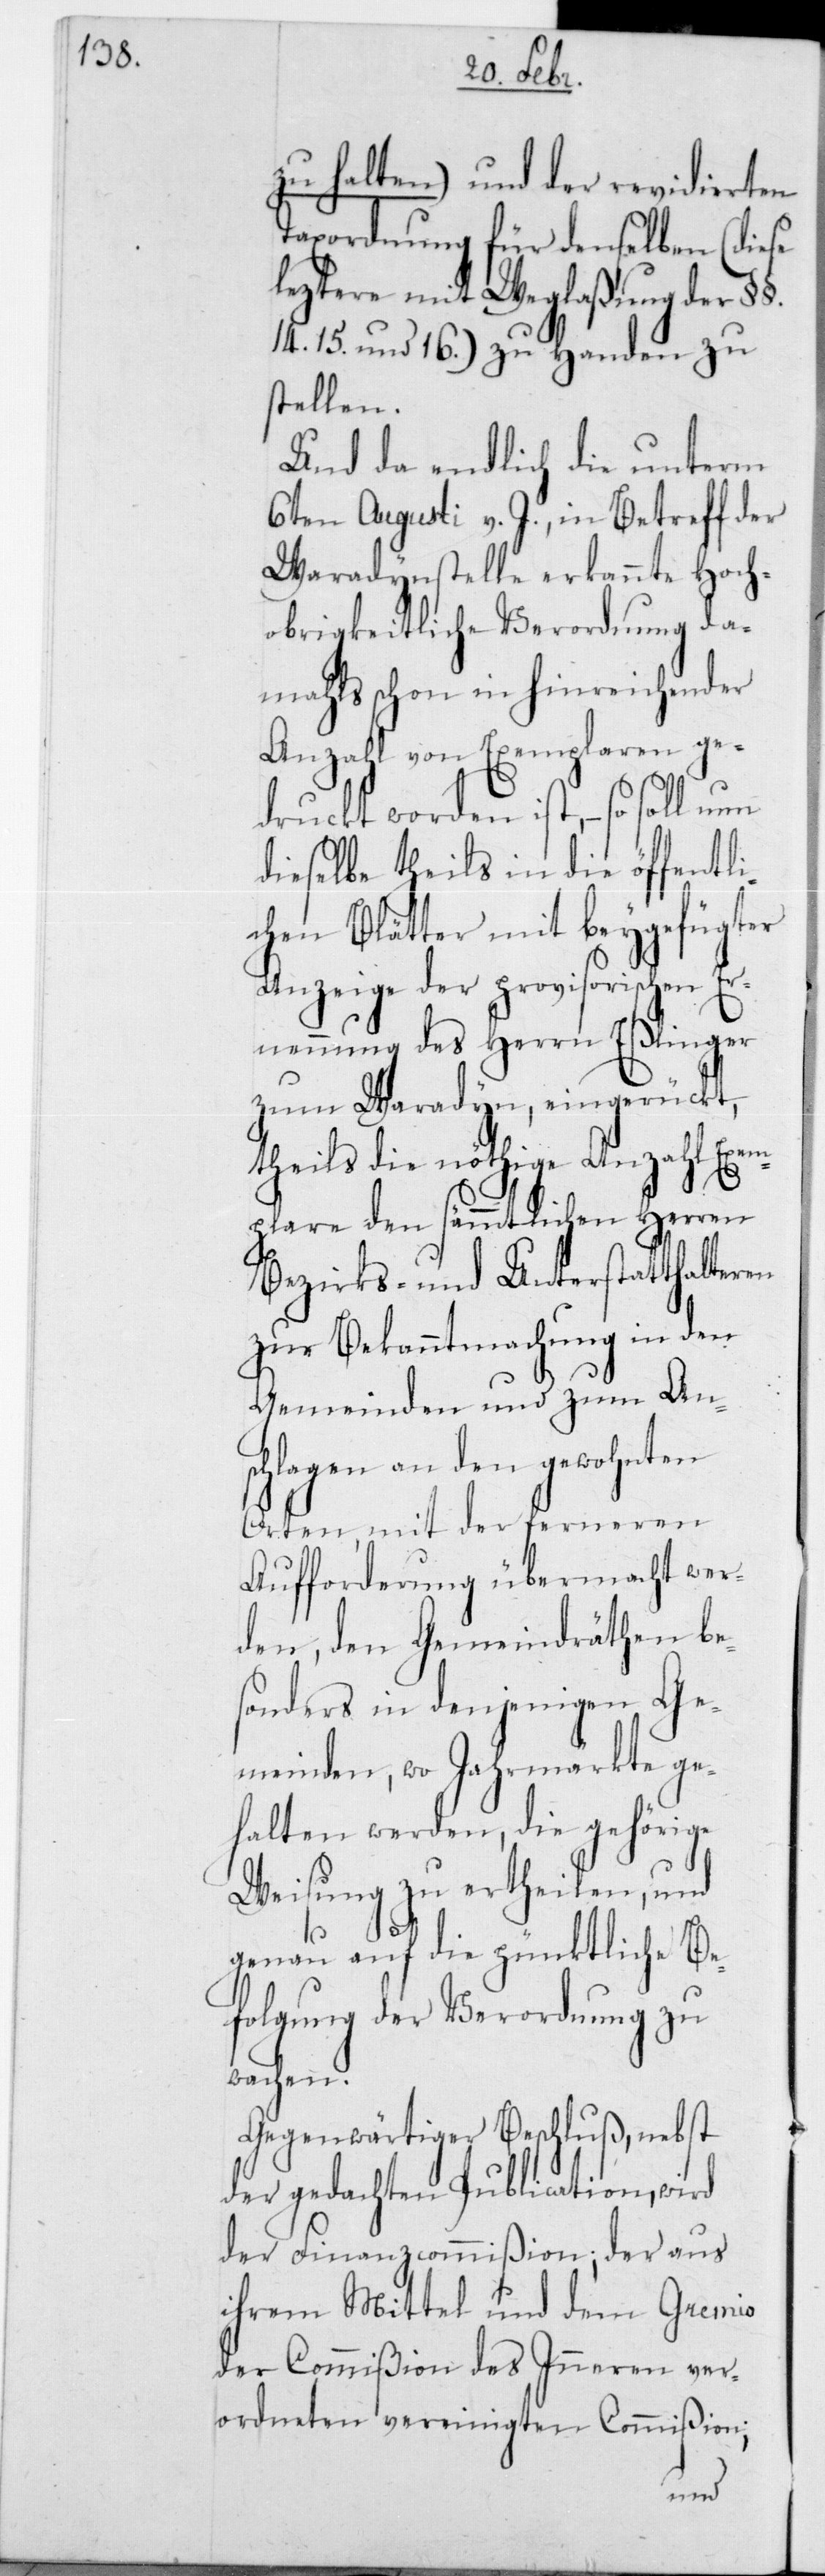
zu halten) und der revidierten
Taxordnung für denselben (diese
leztere mit Weglaßung der §§
14 15 und 16) zu Handen zu
stellen.
Und da endlich die unterm
6ten Augusti v. J. in Betreff der
Waradynstelle erkannte Hoch¬
obrigkeitliche Verordnung da¬
mals schon in hinreichender
Anzahl von Exemplaren ge¬
druckt worden ist, – so soll
dieselbe theils in die öffentli¬
chen Blätter mit beygefügter
Anzeige der provisorischen Er¬
nennung des Herrn Eßlinger
zum Waradyn, eingerückt,
theils die nöthige Anzahl Exem¬
plare den sämmtlichen Herren
Bezirks- und Unterstatthalteren
zur Bekanntmachung in den
Gemeinden und zum An¬
schlagen an den gewohnten
Orten, mit der ferneren
Aufforderung übermacht wer¬
den, den Gemeindräthen be¬
sonders in denjenigen Ge¬
meinden, wo Jahrmärkte ge¬
halten werden, die gehörige
Weisung zu ertheilen, und
genau auf die pünktliche Be¬
folgung der Verordnung zu
wachen.
Gegenwärtiger Beschluß, nebst
der gedachten Publication, wird
der Finanzcommißion, der aus
ihrem Mittel und dem Gremio
der Commißion des Innern ver¬
ordneten vereinigten Commißion;